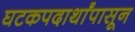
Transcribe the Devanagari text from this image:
घटकपदार्थांपासून